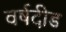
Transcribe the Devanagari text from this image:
वर्षदीड